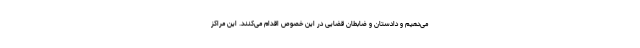
می‌دهیم و دادستان و ضابطان قضایی در این خصوص اقدام می‌کنند. این مراکز